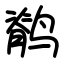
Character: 鹡